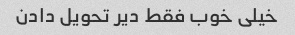
خیلی خوب فقط دیر تحویل دادن